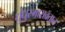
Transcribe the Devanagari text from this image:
धुंधुरमासव्रतात